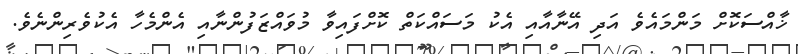
ޚާއްސަކޮށް މަންމައެވެ އަދި އޭނާއާއި އެކު މަސައްކަތް ކޮށްފައިވާ މުވައްޒަފުންނާއި އެންމެހާ އެކުވެރިންނެވެ.